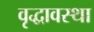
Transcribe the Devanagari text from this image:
वृद्धावस्‍था